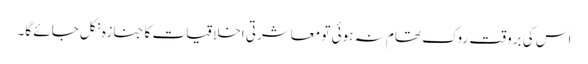
اس کی بروقت روک تھام نہ ہوئی تو معاشرتی اخلاقیات کا جنازہ نکل جائے گا۔